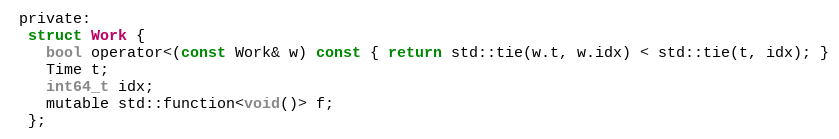
Language: C
 private:
  struct Work {
    bool operator<(const Work& w) const { return std::tie(w.t, w.idx) < std::tie(t, idx); }
    Time t;
    int64_t idx;
    mutable std::function<void()> f;
  };